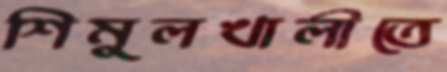
শিমুলখালীতে